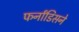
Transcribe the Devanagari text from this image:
फर्नांडिसने